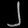
Digit: ၂